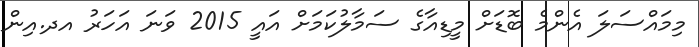
މިމައްސަލަ އެންމެ ބޮޑަށް މީޑިއާގެ ސަމާލުކަމަށް އައީ 2015 ވަނަ އަހަރު އދ.އިން